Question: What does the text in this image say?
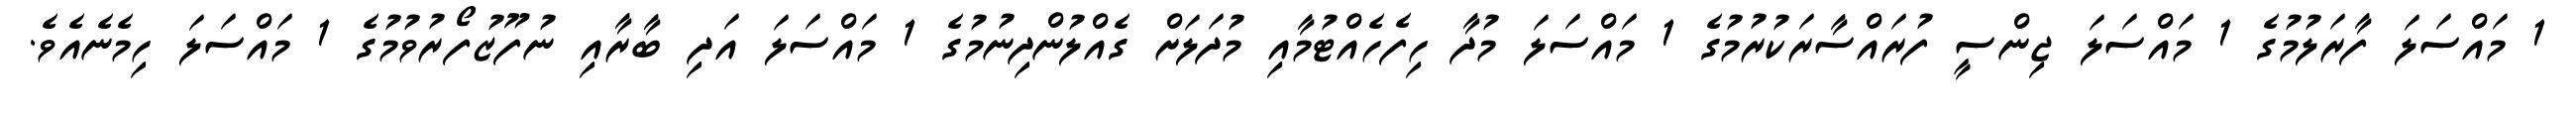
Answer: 1 މައްސަލަ ފާރަލުމުގެ 1 މައްސަލަ ޖިންސީ ފުރައްސާރަކުރުމުގެ 1 މައްސަލަ މުދާ ހިފެހެއްޓުމާއި މުދަލަށް ގެއްލުންދިނުމުގެ 1 މައްސަލަ އަދި ބާރާއި ނުފޫޒުފޯރުވުމުގެ 1 މައްސަލަ ހިމެނެއެވެ.